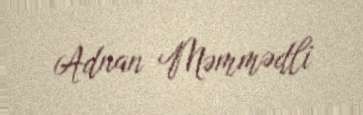
Adnan Məmmədli